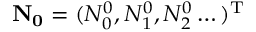
\mathbf { N _ { 0 } } = ( N _ { 0 } ^ { 0 } , N _ { 1 } ^ { 0 } , N _ { 2 } ^ { 0 } \dots ) ^ { \mathrm { T } }